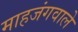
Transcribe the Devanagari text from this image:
माहजंगवाले